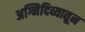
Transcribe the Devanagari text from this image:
अग्निदिव्यातून